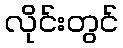
လိုင်းတွင်